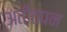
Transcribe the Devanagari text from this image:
अतीतपन